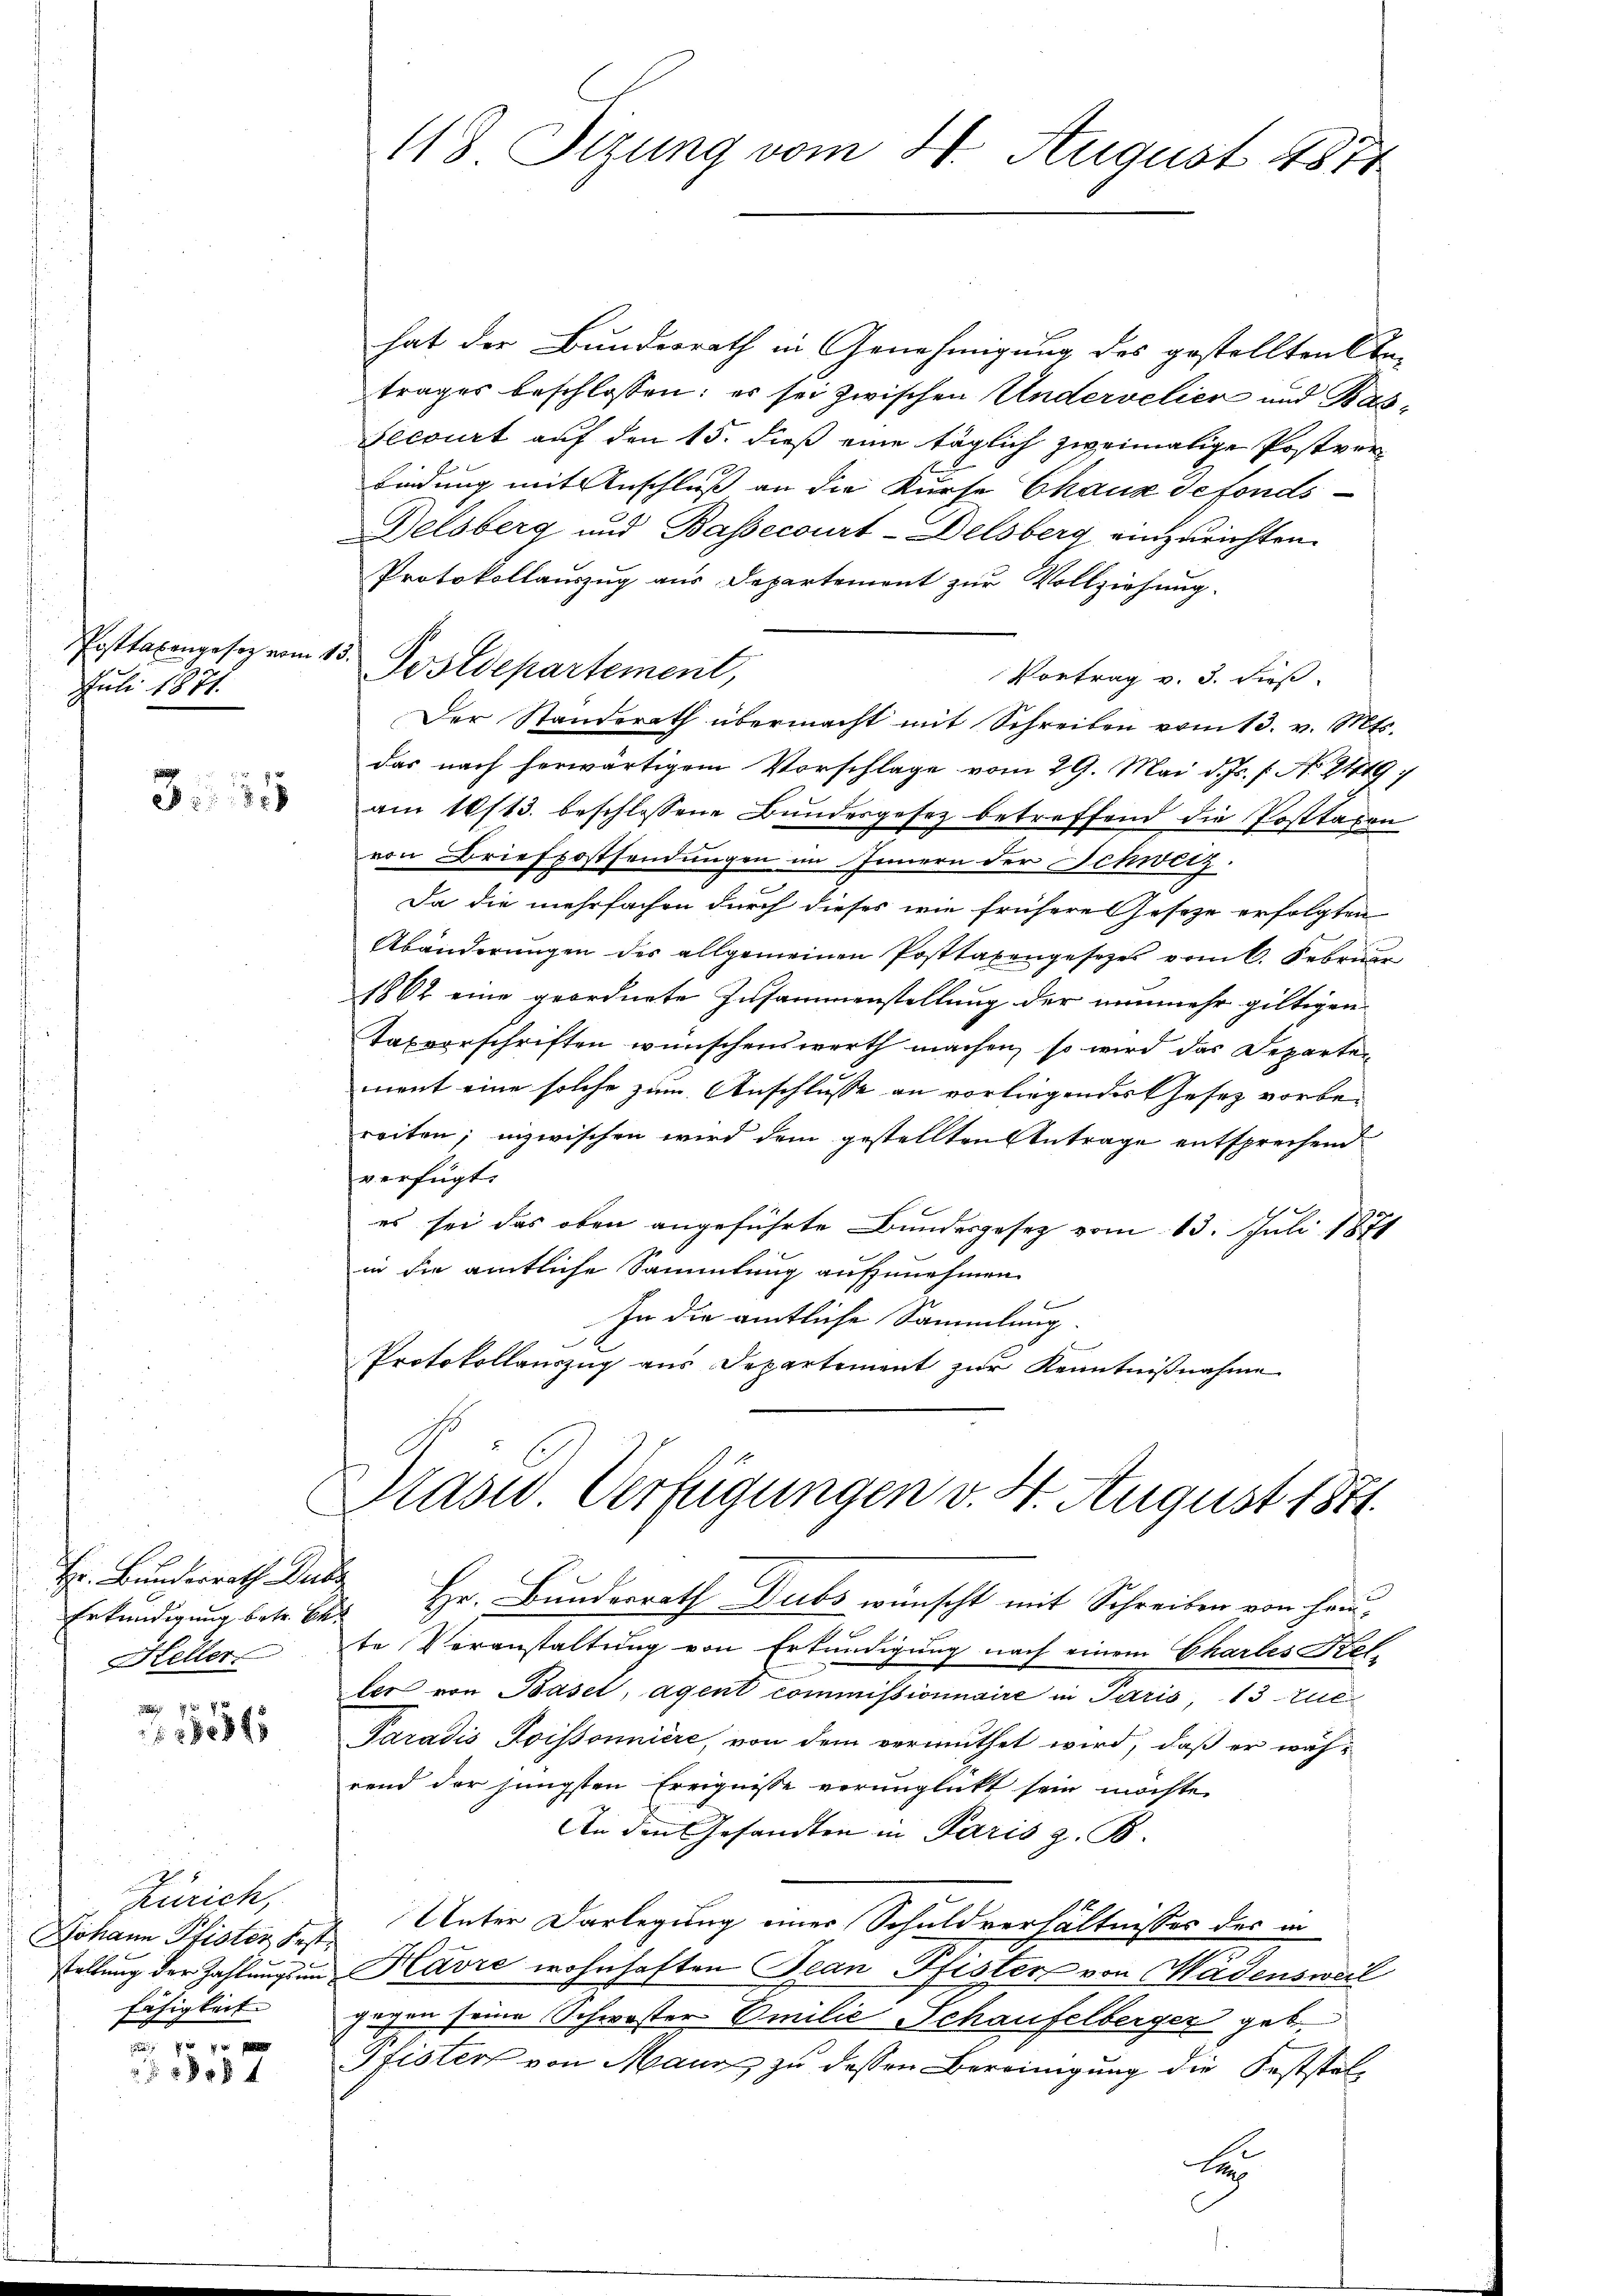
Juli 1871.

3535

Hr. Bunderrath Zube
Heller

2884

Zürich,
Johann Pfister Fest.
fähigkeit

f 40 x
8808 4

118. Sizung vom 4. August 1874

Posttaxengesetz vom 15. Postdepartement,

hat der Bundesrath in Genehmigung des gestellten An-
trages beschlossen: es sei zwischen Undervelier und Bas¬
Lecourt auf den 15. dieß eine täglich zweimalige Postverbindung mit Anschluß an die Kurse Chaux defonds
Belsberg und Bassecourt-Delsberg einzurichten.
Protokollauszug aus Departement zur Vollziehung.
Vortrag v. 3. dieß.
Der Standerath übermacht mit Schreiben vom 13. v. Mts.
das nach herwärtigem Vorschlage vom 29. Mai d. Js. f. No. 21419;
am 16/13. beschlossene Bundesgesetz betreffend die Posttaxen
von Briefpostsendungen im Innern der Schwitz.
Da die mehrfachen durch dieses wie frühere Geseze erfolgten
Abänderŭngen des allgemeinen Posttaxengesetzes vom 6. Februar
1862 eine geordnete Zusammenstellung der nunmehr giltigen
Taxvorschriften wünschenswerth machen, so wird das Departen
ment eine solche zum Anschlusse an vorliegendes Gesetz vorbereiten; inzwischen wird dem gestellten Antrage entsprechend
verfügt:
es sei das oben angeführte Bundesgesez vom 13. Juli 1871
in die amtliche Sammlung aufzunehmen
In die amtliche Sammlung.

Protokollauszug aus Departement zur Kenntnißnahme

Präsid. Verfügungen v. 4. August 1871.

Erkundigung betr. Bad Hr. Bundesrath Dubs wünscht mit Schreiben von Hau-
te Veranstaltung von Erkundigung nach einem Chartes Stel-
ler von Basel, Agent commissionnaire in Paris, 13 Eue
Paradis Soissonnière, von dem vermuthet wird, daß er wäh-
rend der jüngsten Ereignisse verunglückt sein möchte.
An den Gesandten in Paris z. B.
Unter Darlegung einer Schuldverhältnisses des in
e
stellung der Zahlungsam Havre wohnhaften Jean Pfister von Mädensweil
gegen seine Schwester Emilie Schaufelberger geb
Pfisters von Maur zu dessen Bereinigung die Feststel¬
Le